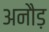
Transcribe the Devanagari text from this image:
अनौड़